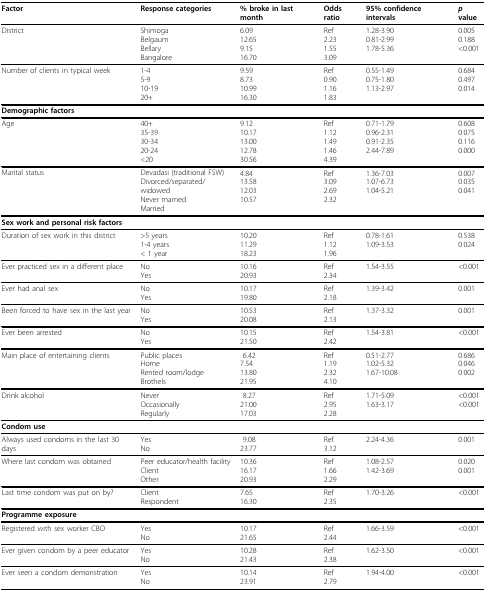
<table><thead><tr><td><b>Factor</b></td><td><b>Response categories</b></td><td><b>% broke in last month</b></td><td><b>Odds ratio</b></td><td><b>95% confidence intervals</b></td><td><b><i>p</i> value</b></td></tr></thead><tbody><tr><td>District</td><td>ShimogaBelgaumBellaryBangalore</td><td>6.0912.659.1516.70</td><td>Ref2.231.553.09</td><td>1.28-3.900.81-2.991.78-5.36</td><td>0.0050.188&lt;0.001</td></tr><tr><td>Number of clients in typical week</td><td>1-45-910-1920+</td><td>9.598.7310.9916.30</td><td>Ref0.901.161.83</td><td>0.55-1.490.75-1.801.13-2.97</td><td>0.6840.4970.014</td></tr><tr><td colspan="6"><b>Demographic factors</b></td></tr><tr><td>Age</td><td>40+35-3930-3420-24&lt;20</td><td>9.1210.1713.0012.7830.56</td><td>Ref1.121.491.464.39</td><td>0.71-1.790.96-2.310.91-2.352.44-7.89</td><td>0.6080.0750.1160.000</td></tr><tr><td>Marital status</td><td>Devadasi (traditional FSW)Divorced/separated/widowedNever marriedMarried</td><td>4.8413.5812.0310.57</td><td>Ref3.092.692.32</td><td>1.36-7.031.07-6.731.04-5.21</td><td>0.0070.0350.041</td></tr><tr><td colspan="6"><b>Sex work and personal risk factors</b></td></tr><tr><td>Duration of sex work in this district</td><td>&gt;5 years1-4 years&lt; 1 year</td><td>10.2011.2918.23</td><td>Ref1.121.96</td><td>0.78-1.611.09-3.53</td><td>0.5380.024</td></tr><tr><td>Ever practiced sex in a different place</td><td>NoYes</td><td>10.1620.93</td><td>Ref2.34</td><td>1.54-3.55</td><td>&lt;0.001</td></tr><tr><td>Ever had anal sex</td><td>NoYes</td><td>10.1719.80</td><td>Ref2.18</td><td>1.39-3.42</td><td>0.001</td></tr><tr><td>Been forced to have sex in the last year</td><td>NoYes</td><td>10.5320.08</td><td>Ref2.13</td><td>1.37-3.32</td><td>0.001</td></tr><tr><td>Ever been arrested</td><td>NoYes</td><td>10.1521.50</td><td>Ref2.42</td><td>1.54-3.81</td><td>&lt;0.001</td></tr><tr><td>Main place of entertaining clients</td><td>Public placesHomeRented room/lodgeBrothels</td><td> 6.427.5413.8021.95</td><td>Ref1.192.324.10</td><td>0.51-2.771.02-5.321.67-10.08</td><td>0.6860.0460.002</td></tr><tr><td>Drink alcohol</td><td>NeverOccasionallyRegularly</td><td> 8.2721.0017.03</td><td>Ref2.952.28</td><td>1.71-5.091.63-3.17</td><td>&lt;0.001&lt;0.001</td></tr><tr><td colspan="6"><b>Condom use</b></td></tr><tr><td>Always used condoms in the last 30 days</td><td>YesNo</td><td> 9.0823.77</td><td>Ref3.12</td><td>2.24-4.36</td><td>0.001</td></tr><tr><td>Where last condom was obtained</td><td>Peer educator/health facilityClientOther</td><td>10.3616.1720.93</td><td>Ref1.662.29</td><td>1.08-2.571.42-3.69</td><td>0.0200.001</td></tr><tr><td>Last time condom was put on by?</td><td>ClientRespondent</td><td>7.6516.30</td><td>Ref2.35</td><td>1.70-3.26</td><td>&lt;0.001</td></tr><tr><td colspan="6"><b>Programme exposure</b></td></tr><tr><td>Registered with sex worker CBO</td><td>YesNo</td><td>10.1721.65</td><td>Ref2.44</td><td>1.66-3.59</td><td>&lt;0.001</td></tr><tr><td>Ever given condom by a peer educator</td><td>YesNo</td><td>10.2821.43</td><td>Ref2.38</td><td>1.62-3.50</td><td>&lt;0.001</td></tr><tr><td>Ever seen a condom demonstration</td><td>YesNo</td><td>10.1423.91</td><td>Ref2.79</td><td>1.94-4.00</td><td>&lt;0.001</td></tr></tbody></table>